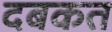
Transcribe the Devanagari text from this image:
दबकत